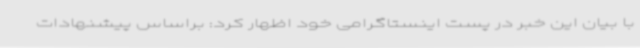
با بیان این خبر در پست اینستاگرامی خود اظهار کرد: براساس پیشنهادات